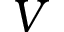
V